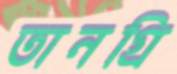
তানগ্রি